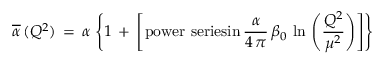
\overline { { { \alpha } } } \, ( Q ^ { 2 } ) \, = \, \alpha \, \left\{ 1 \, + \, \left[ \mathrm { p o w e r ~ s e r i e s i n } \, \frac { \alpha } { 4 \, \pi } \, \beta _ { 0 } \, \ln \, \left( \frac { Q ^ { 2 } } { \mu ^ { 2 } } \right) \right] \right\}